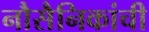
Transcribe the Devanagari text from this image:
नौसैनिकांची